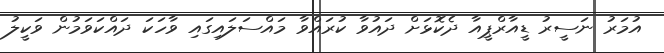
އުމަރު ނަސީރު ޑީއާރްޕީއާ ދެކޮޅަށް ދައުވާ ކުރައްވާ މައްސަލައިގައި ވާހަކަ ދައްކަވަމުން ވަކީލު